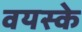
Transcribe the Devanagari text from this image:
वयस्के